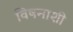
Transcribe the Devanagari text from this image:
विषनाशी